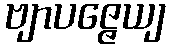
ဗျာပဇ္ဇေယျ